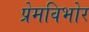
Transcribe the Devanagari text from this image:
प्रेमविभोर